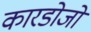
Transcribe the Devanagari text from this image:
कारडोजो